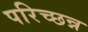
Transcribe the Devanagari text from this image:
परिच्छन्न